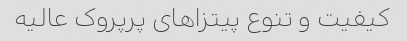
کیفیت و تنوع پیتزاهای پرپروک عالیه